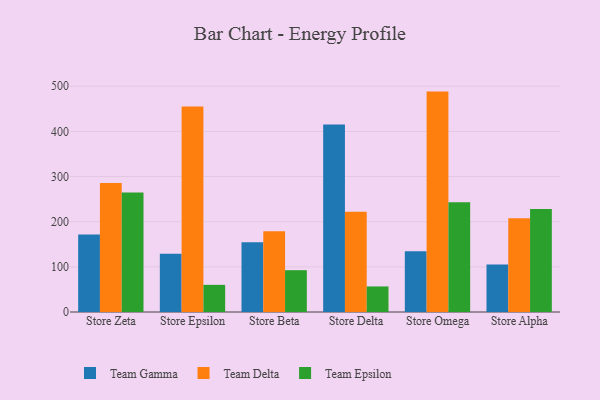
{"axis": {"x": "Store", "y": "Demand Index"}, "legend": ["Team Delta", "Team Epsilon", "Team Gamma"], "data": [{"x": "Store Zeta", "y": 171.9, "type": "Team Gamma"}, {"x": "Store Zeta", "y": 285.7, "type": "Team Delta"}, {"x": "Store Zeta", "y": 264.6, "type": "Team Epsilon"}, {"x": "Store Epsilon", "y": 129.0, "type": "Team Gamma"}, {"x": "Store Epsilon", "y": 455.3, "type": "Team Delta"}, {"x": "Store Epsilon", "y": 60.1, "type": "Team Epsilon"}, {"x": "Store Beta", "y": 154.2, "type": "Team Gamma"}, {"x": "Store Beta", "y": 178.8, "type": "Team Delta"}, {"x": "Store Beta", "y": 92.6, "type": "Team Epsilon"}, {"x": "Store Delta", "y": 415.3, "type": "Team Gamma"}, {"x": "Store Delta", "y": 222.0, "type": "Team Delta"}, {"x": "Store Delta", "y": 56.6, "type": "Team Epsilon"}, {"x": "Store Omega", "y": 134.5, "type": "Team Gamma"}, {"x": "Store Omega", "y": 488.1, "type": "Team Delta"}, {"x": "Store Omega", "y": 243.1, "type": "Team Epsilon"}, {"x": "Store Alpha", "y": 105.4, "type": "Team Gamma"}, {"x": "Store Alpha", "y": 207.5, "type": "Team Delta"}, {"x": "Store Alpha", "y": 228.0, "type": "Team Epsilon"}]}